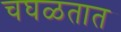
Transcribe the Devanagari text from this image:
चघळतात